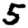
Digit: 5